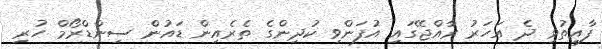
ފާއިތުވި ދެ އަހަރު ރާއްޖޭގައި އުފަންވި ކުދިންގެ ތެރެއިން ޑައުން ސިންޑްރޯމް ހުރި